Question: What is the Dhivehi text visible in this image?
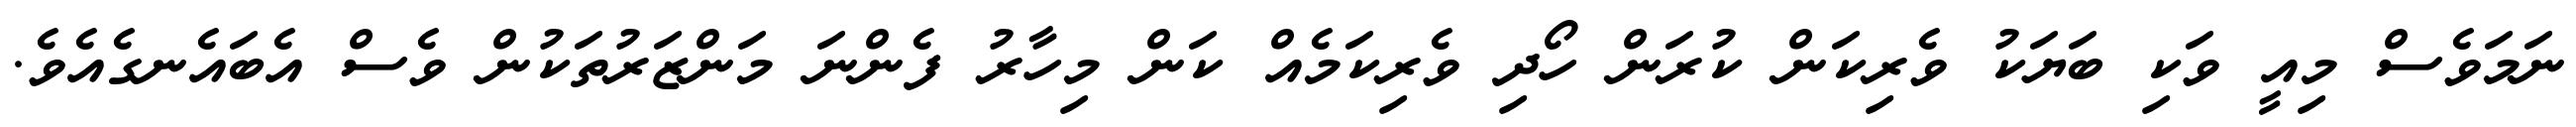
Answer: ނަމަވެސް މިއީ ވަކި ބަޔަކު ވެރިކަން ކުރަން ހޯދި ވެރިކަމެއް ކަން މިހާރު ފެންނަ މަންޒަރުތަކުން ވެސް އެބައެނގެއެވެ.